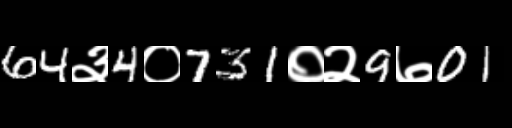
Text: 64३4०731०२9७01